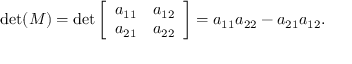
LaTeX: \operatorname* { d e t } ( M ) = \operatorname* { d e t } { \left[ \begin{array} { l l } { a _ { 1 1 } } & { a _ { 1 2 } } \\ { a _ { 2 1 } } & { a _ { 2 2 } } \end{array} \right] } = a _ { 1 1 } a _ { 2 2 } - a _ { 2 1 } a _ { 1 2 } .